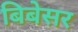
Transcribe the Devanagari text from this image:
बिबेसर